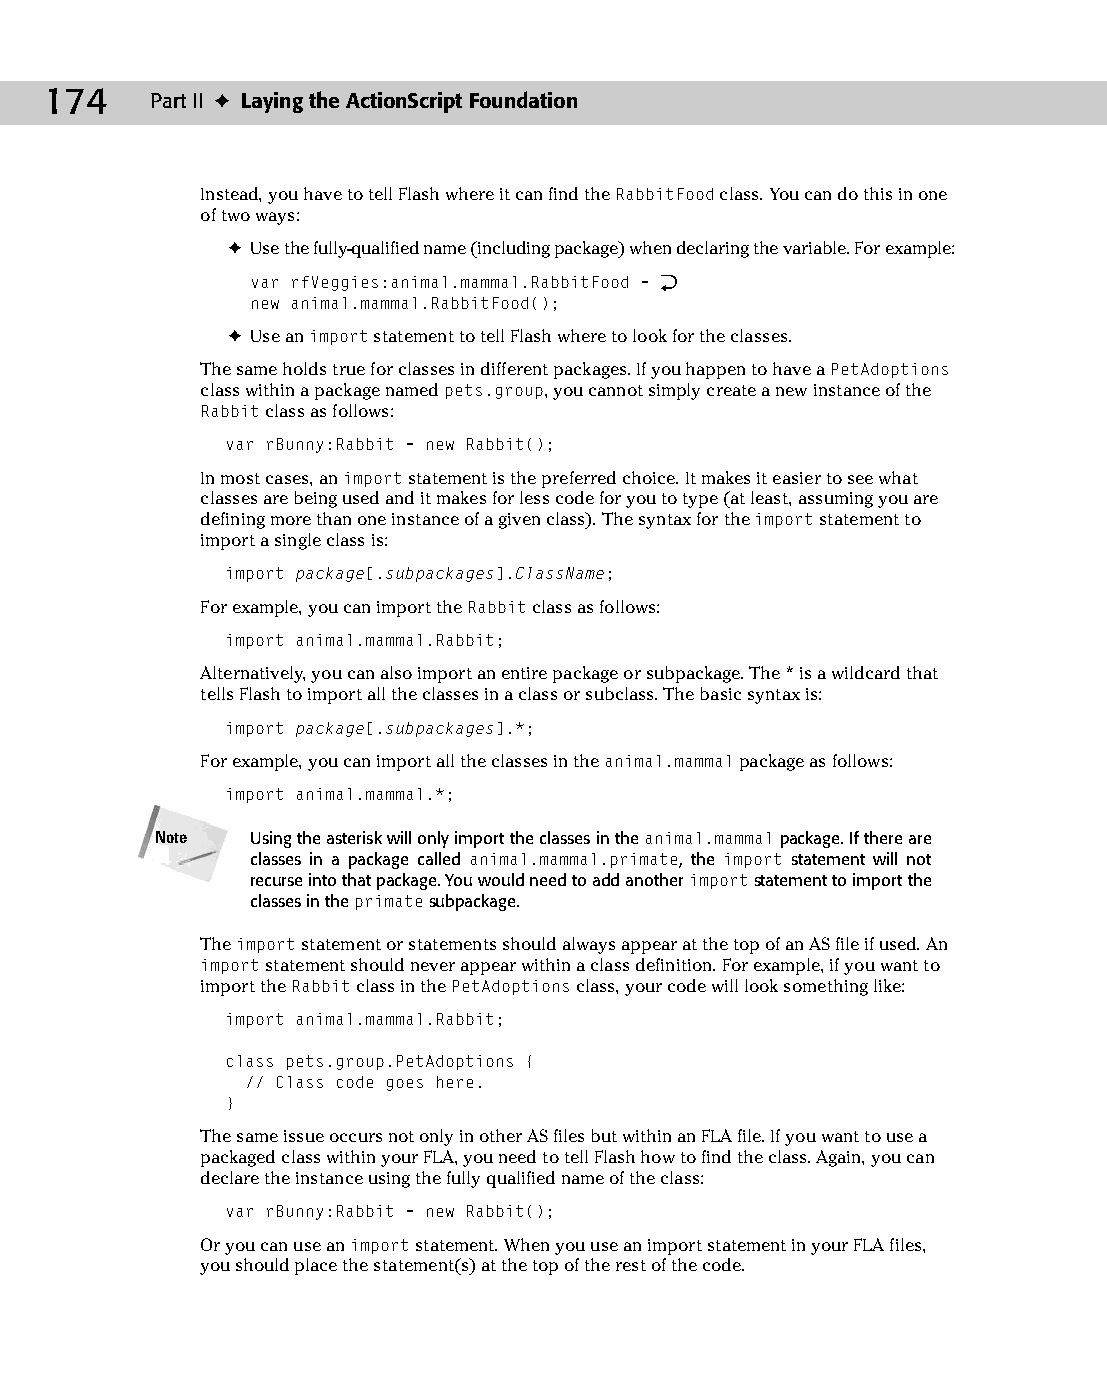
10 543547 ch07.qxd 3/24/04 3:50 PM Page 174
 174    Part II ✦ Laying the ActionScript Foundation
 Instead, you have to tell Flash where it can find the RabbitFood class. You can do this in one
 of two ways:
 ✦ Use the fully-qualified name (including package) when declaring the variable. For example:
 var rfVeggies:animal.mammal.RabbitFood = Æ
 new animal.mammal.RabbitFood();
 ✦ Use an import statement to tell Flash where to look for the classes.
 The same holds true for classes in different packages. If you happen to have a PetAdoptions
 class within a package named pets.group, you cannot simply create a new instance of the
 Rabbit class as follows:
 var rBunny:Rabbit = new Rabbit();
 In most cases, an import statement is the preferred choice. It makes it easier to see what
 classes are being used and it makes for less code for you to type (at least, assuming you are
 defining more than one instance of a given class). The syntax for the import statement to
 import a single class is:
 import package[.subpackages].ClassName;
 For example, you can import the Rabbit class as follows:
 import animal.mammal.Rabbit;
 Alternatively, you can also import an entire package or subpackage. The * is a wildcard that
 tells Flash to import all the classes in a class or subclass. The basic syntax is:
 import package[.subpackages].*;
 For example, you can import all the classes in the animal.mammal package as follows:
 import animal.mammal.*;
 Note   Using the asterisk will only import the classes in the animal.mammal package. If there are
 classes in a package called animal.mammal.primate, the import statement will not
 recurse into that package. You would need to add another import statement to import the
 classes in the primate subpackage.
 The import statement or statements should always appear at the top of an AS file if used. An
 import statement should never appear within a class definition. For example, if you want to
 import the Rabbit class in the PetAdoptions class, your code will look something like:
 import animal.mammal.Rabbit;
 class pets.group.PetAdoptions {
 // Class code goes here.
 }
 The same issue occurs not only in other AS files but within an FLA file. If you want to use a
 packaged class within your FLA, you need to tell Flash how to find the class. Again, you can
 declare the instance using the fully qualified name of the class:
 var rBunny:Rabbit = new Rabbit();
 Or you can use an import statement. When you use an import statement in your FLA files,
 you should place the statement(s) at the top of the rest of the code.